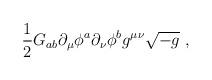
LaTeX: \begin{align*}\frac{1}{2}G_{ab} \partial_ \mu \phi ^a \partial_\nu \phi ^b g^{\mu\nu}\sqrt{-g} \ ,\end{align*}